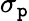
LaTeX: \sigma_{\mathtt{p}}